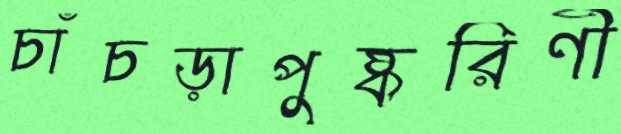
চাঁচড়াপুষ্করিণী